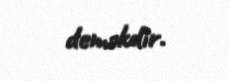
deməkdir.